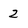
Character: 2